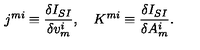
j ^ { m i } \equiv \frac { \delta I _ { S I } } { \delta v _ { m } ^ { i } } , \quad K ^ { m i } \equiv \frac { \delta I _ { S I } } { \delta A _ { m } ^ { i } } .